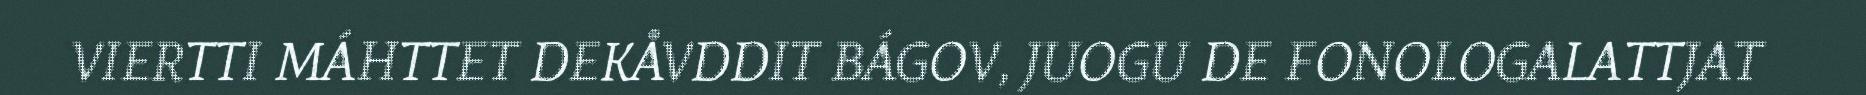
VIERTTI MÁHTTET DEKÅVDDIT BÁGOV, JUOGU DE FONOLOGALATTJAT